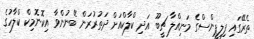
ތެރޭގައި ފިލިޕީންސްގެ މަނިއްލާ ޗީބޫ އަދި ކްލާކްއަށް ދަތުރުުރަން ބޭނުންވާ އިކޮނޮމިކް ކްލާހުގެ